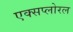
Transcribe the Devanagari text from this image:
एक्सप्लोरल